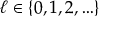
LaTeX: \ell \in \{ 0 , 1 , 2 , \ldots \}